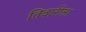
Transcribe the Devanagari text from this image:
तिवारीला